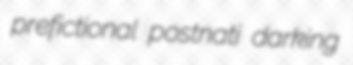
prefictional postnati darking